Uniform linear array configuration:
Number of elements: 64
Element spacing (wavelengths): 0.5
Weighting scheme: uniform
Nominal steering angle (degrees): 0
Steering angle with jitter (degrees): -0.2982
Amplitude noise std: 0.05
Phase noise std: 0.05

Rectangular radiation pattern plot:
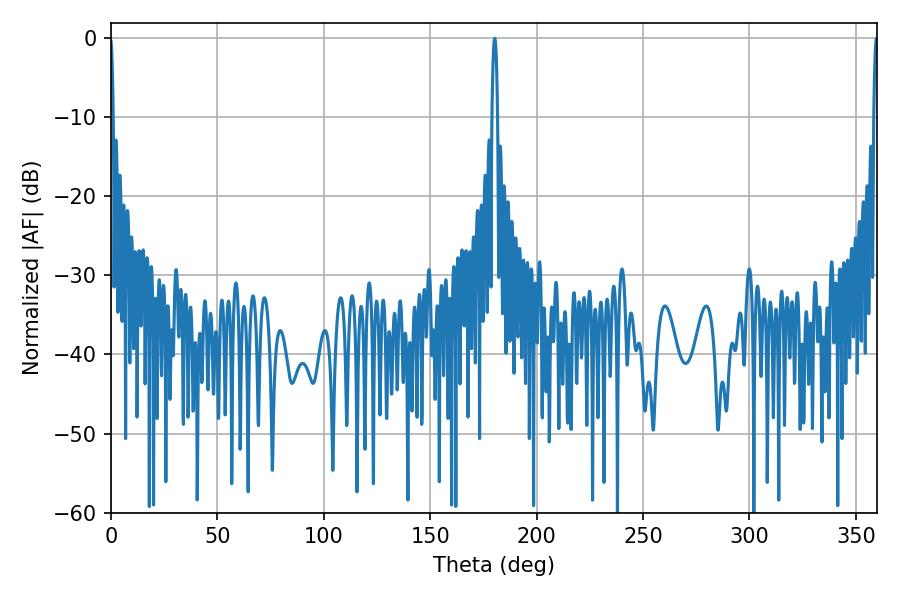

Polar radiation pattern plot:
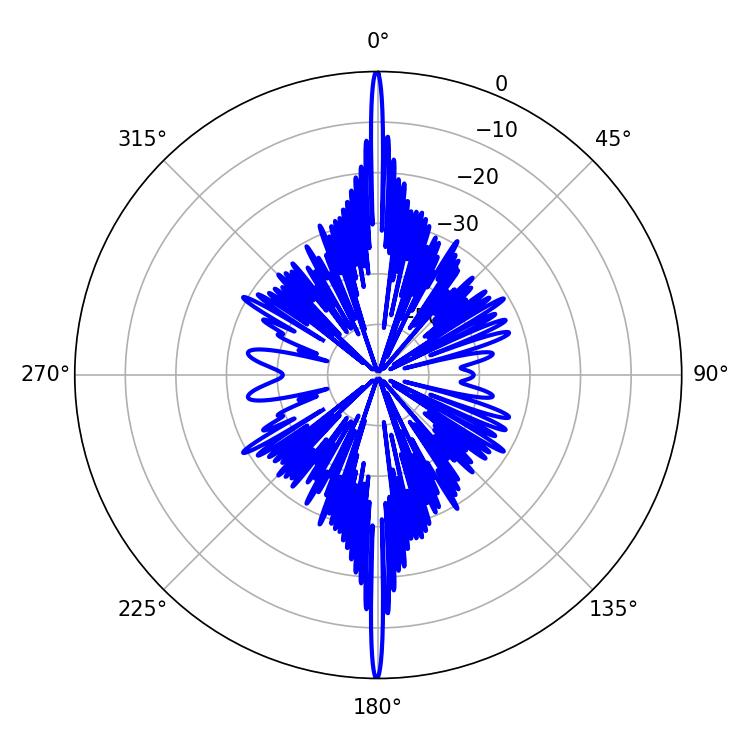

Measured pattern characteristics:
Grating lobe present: FALSE
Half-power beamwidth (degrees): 1.08
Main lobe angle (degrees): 359.64